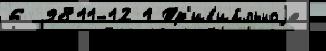
6 9811-12 1 Тр'ив'иа́льноjе